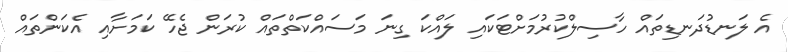
އެ ލަނޑުދަނޑިތައް ހާސިލްކުރުމަށްޓަކައި ލައްކަ ގިނަ މަސައްކަތްތައް ކުރަން ޖެހޭ ކަމަށާއި އެކަންތައް